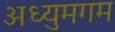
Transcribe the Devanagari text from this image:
अध्युमगम